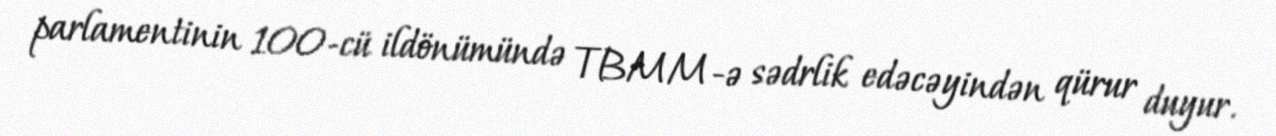
parlamentinin 100-cü ildönümündə TBMM-ə sədrlik edəcəyindən qürur duyur.